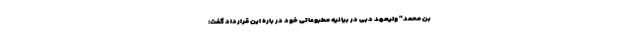
بن محمد" ولیعهد دبی در بیانیه مطبوعاتی خود در باره این قرارداد گفت: